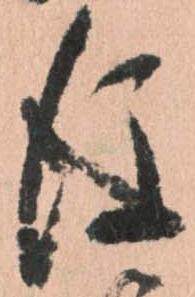
後